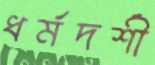
ধর্মদর্শী